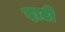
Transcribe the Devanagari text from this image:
द़ाढी